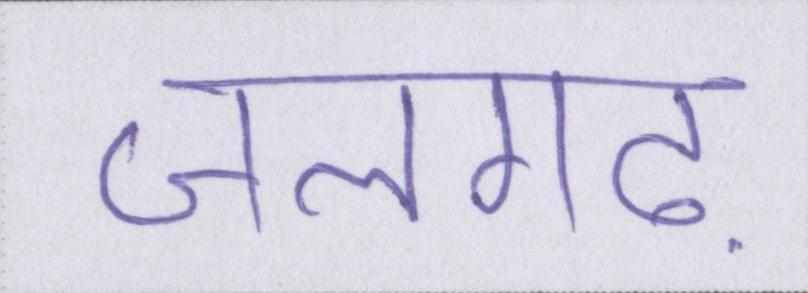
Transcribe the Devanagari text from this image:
जलगढ़